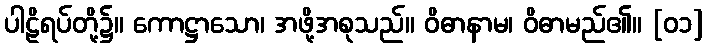
ပါဠိရပ်တို့၌။ ကောဋ္ဌာသော၊ အဖို့အစုသည်။ ဝိဓာနာမ၊ ဝိဓာမည်၏။ [၀၁]